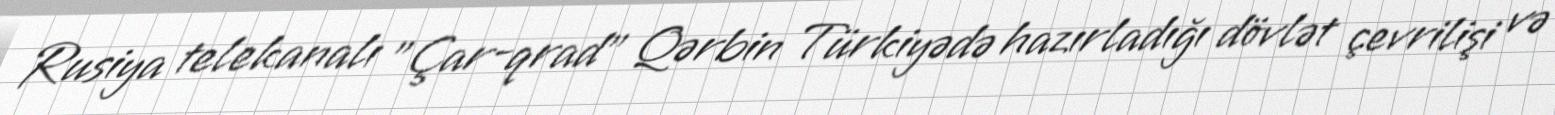
Rusiya telekanalı "Çar-qrad" Qərbin Türkiyədə hazırladığı dövlət çevrilişi və